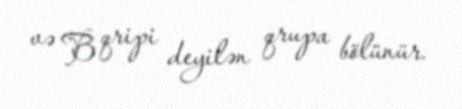
və B qripi deyilən qrupa bölünür.